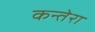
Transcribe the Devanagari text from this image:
कन्तेरा